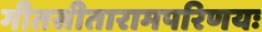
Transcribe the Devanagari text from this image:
गीतसीतारामपरिणयः